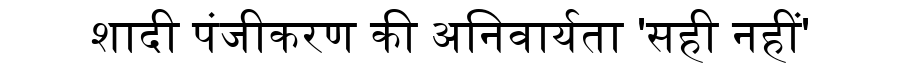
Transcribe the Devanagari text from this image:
शादी पंजीकरण की अनिवार्यता 'सही नहीं'